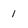
Character: 1